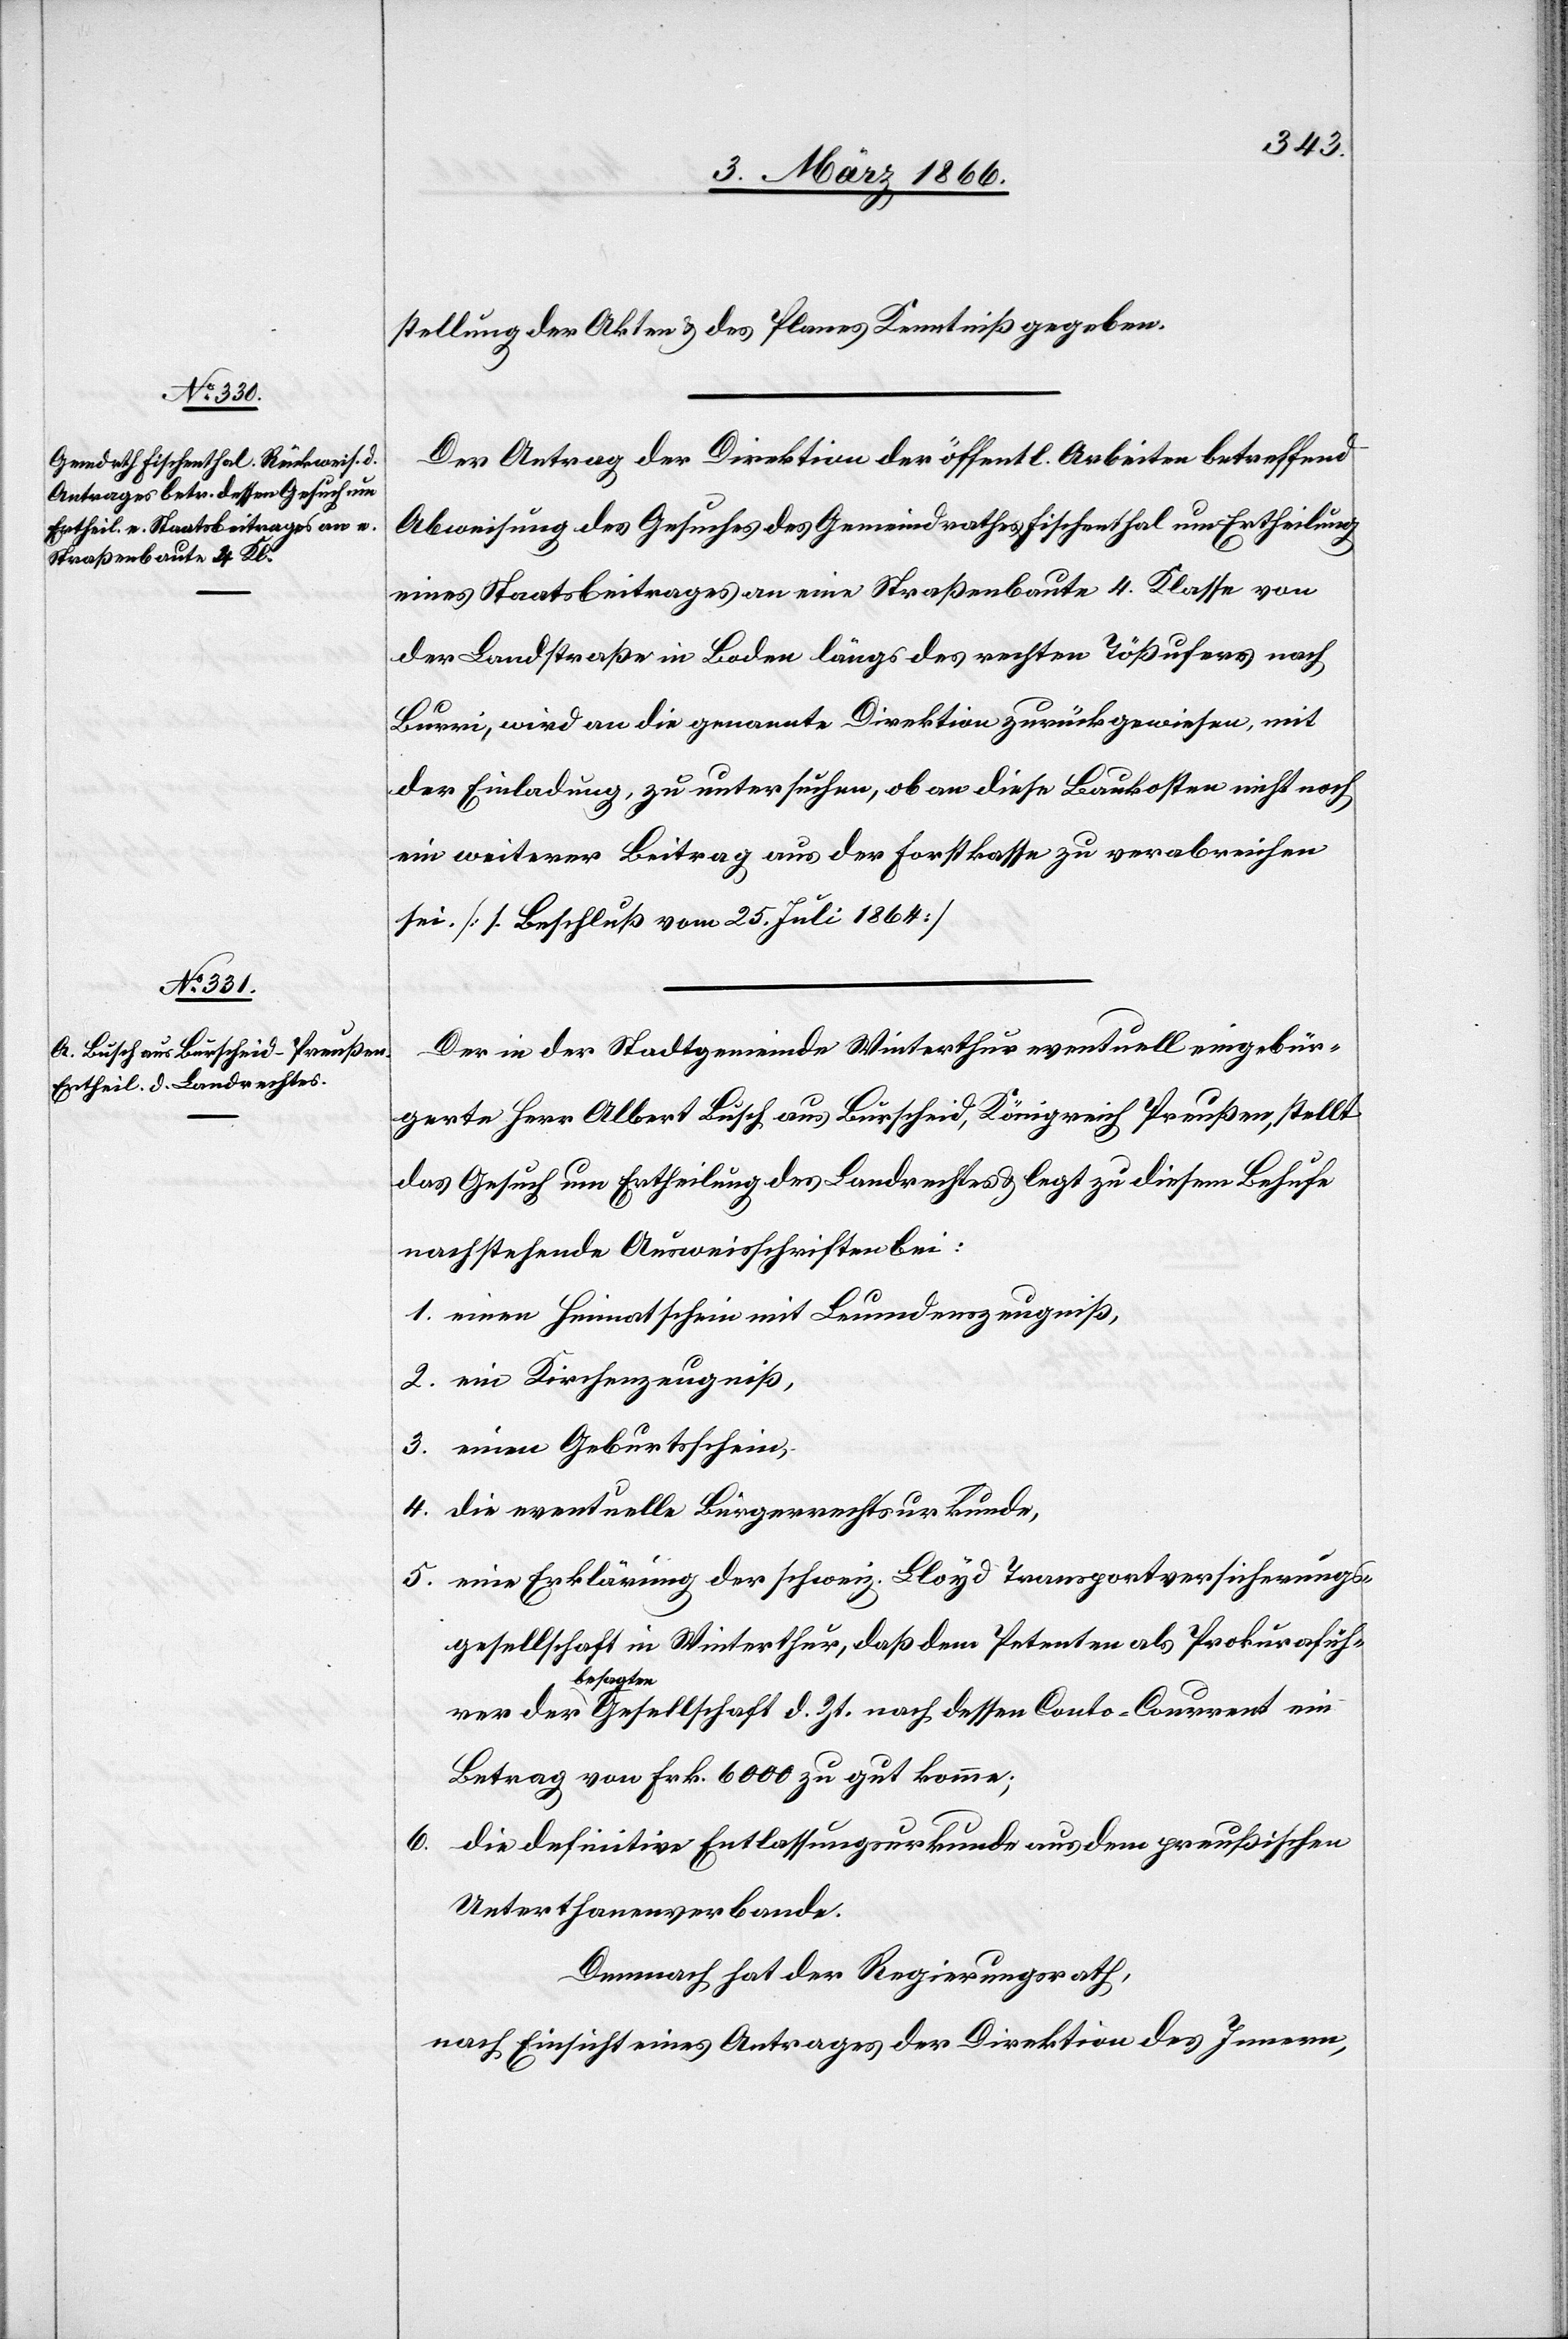
stellung der Akten u. des Planes Kenntniß gegeben.
Der Antrag der Direktion der öffentl. Arbeiten betreffend
Abweisung des Gesuches des Gemeindrathes Fischenthal um Ertheilung
eines Staatsbeitrages an eine Straßenbaute 4. Klasse von
der Landstraße in Baden längs des rechten Tößufers nach
Burri, wird an die genannte Direktion zurückgewiesen, mit
der Einladung, zu untersuchen, ob an diese Baukosten nicht noch
ein weiterer Beitrag aus der Forstkasse zu verabreichen
sei. [l. Beschluß vom 25. Juli 1864]
Der in der Stadtgemeinde Winterthur eventuell eingebür¬
gerte Herr Albert Büsch aus Bürscheid, Königreich Preußen, stellt
das Gesuch um Ertheilung des Landrechtes u. legt zu diesem Behufe
nachstehende Ausweisschreiben bei:
1. einen Heimatschein mit Leumundszeugniß,
2. ein Kirchenzeugniß,
3. einen Geburtsschein,
4. die eventuelle Bürgerrechtsurkunde,
5. eine Erklärung der schweiz. Lloyd Transportversicherungs¬
gesellschaft in Winterthur, daß dem Petenten als Prokuraführer
besagten
Betrag von Frk. 6000 zu gut komme;
6. die definitive Entlassungsurkunde aus dem preußischen
Unterthanenverbunde.
Demnach hat der Regierungsrath,
nach Einsicht eines Antrages der Direktion des Innern,